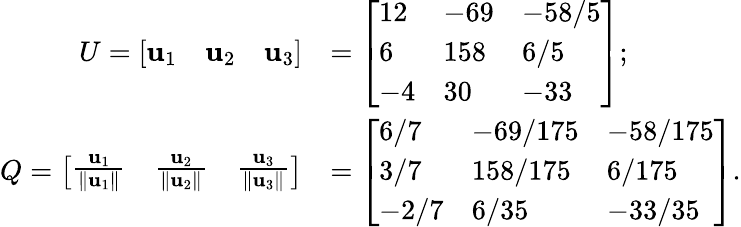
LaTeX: {\begin{array}{rl}{U={\left[\begin{array}{lll}{\mathbf{u}_{1}}&{\mathbf{u}_{2}}&{\mathbf{u}_{3}}\end{array}\right]}}&{={\left[\begin{array}{lll}{12}&{-69}&{-58/5}\\ {6}&{158}&{6/5}\\ {-4}&{30}&{-33}\end{array}\right]};}\\ {Q={\left[\begin{array}{lll}{{\frac{\mathbf{u}_{1}}{\| \mathbf{u}_{1}\| }}}&{{\frac{\mathbf{u}_{2}}{\| \mathbf{u}_{2}\| }}}&{{\frac{\mathbf{u}_{3}}{\| \mathbf{u}_{3}\| }}}\end{array}\right]}}&{={\left[\begin{array}{lll}{6/7}&{-69/175}&{-58/175}\\ {3/7}&{158/175}&{6/175}\\ {-2/7}&{6/35}&{-33/35}\end{array}\right]}.}\end{array}}